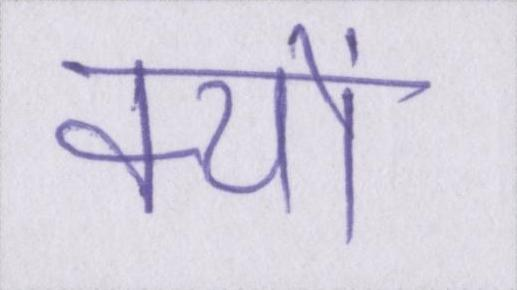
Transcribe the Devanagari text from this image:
क्यों